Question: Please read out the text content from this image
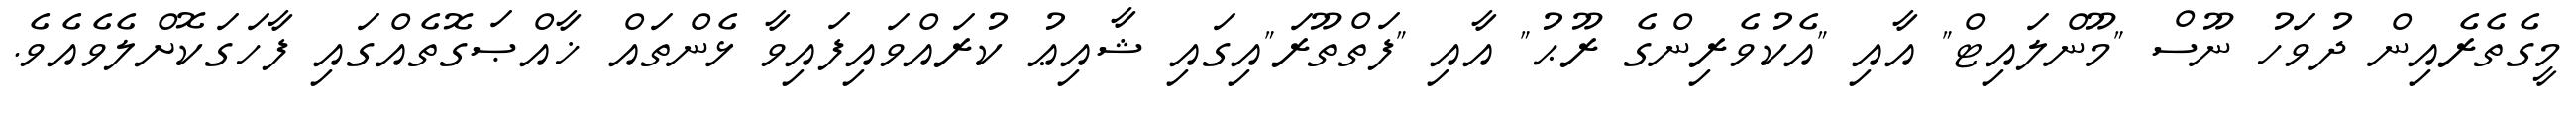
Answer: މީގެތެރެއިން ދުވަހު ނޫސް "މޫންލައިޓް" އާއި "އެކުވެރިންގެ ރޫޙު" އާއި "ފަތްތޫރަ"އިގައި ޝާއިޢު ކުރައްވައިފައިވާ ޅެންތައް ޚާއްޞަގޮތެއްގައި ފާހަގަކޮށްލެވެއެވެ.